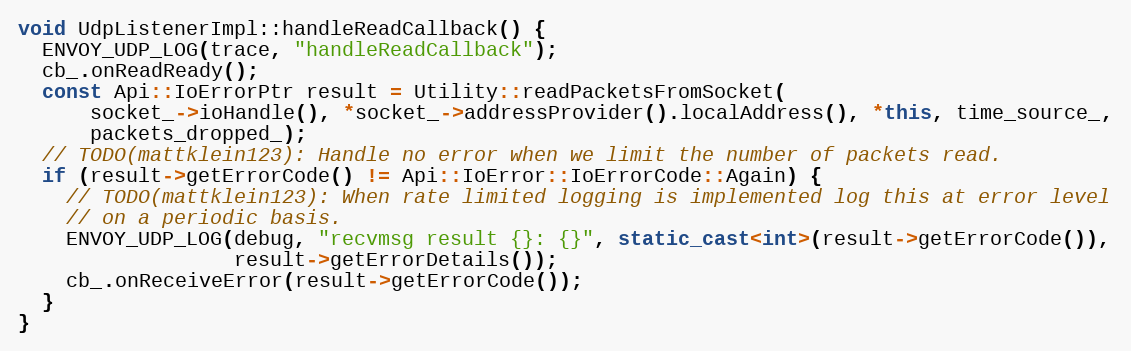
Language: C++
void UdpListenerImpl::handleReadCallback() {
  ENVOY_UDP_LOG(trace, "handleReadCallback");
  cb_.onReadReady();
  const Api::IoErrorPtr result = Utility::readPacketsFromSocket(
      socket_->ioHandle(), *socket_->addressProvider().localAddress(), *this, time_source_,
      packets_dropped_);
  // TODO(mattklein123): Handle no error when we limit the number of packets read.
  if (result->getErrorCode() != Api::IoError::IoErrorCode::Again) {
    // TODO(mattklein123): When rate limited logging is implemented log this at error level
    // on a periodic basis.
    ENVOY_UDP_LOG(debug, "recvmsg result {}: {}", static_cast<int>(result->getErrorCode()),
                  result->getErrorDetails());
    cb_.onReceiveError(result->getErrorCode());
  }
}